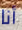
أنا